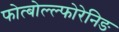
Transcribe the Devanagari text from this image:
फोत्बोल्ल्फोरेनिङ